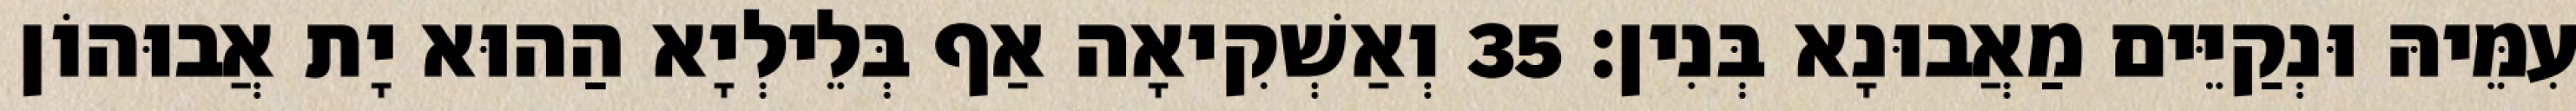
עִמֵּיהּ וּנְקַיֵּים מַאֲבוּנָא בְּנִין׃ 35 וְאַשְׁקִיאָה אַף בְּלֵילְיָא הַהוּא יָת אֲבוּהוֹן